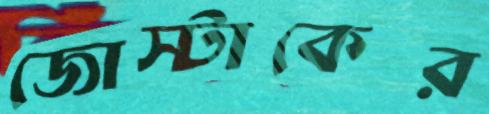
জোস্টাকের